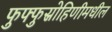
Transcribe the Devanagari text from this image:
फुफ्फुस्रोहिणीमधील